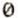
0